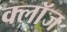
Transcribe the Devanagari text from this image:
क्लाॅज